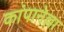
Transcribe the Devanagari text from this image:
कांपानेल्ला